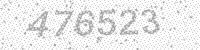
Solution: 476523